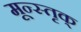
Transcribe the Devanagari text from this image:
मून्स्तृक्